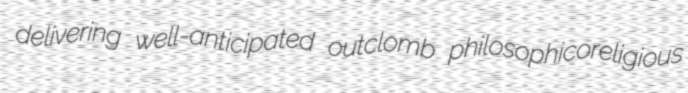
delivering well-anticipated outclomb philosophicoreligious